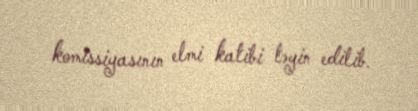
komissiyasının elmi katibi təyin edilib.